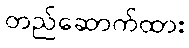
တည်ဆောက်ထား